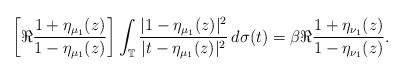
LaTeX: \begin{align*}\left[\Re\frac{1+\eta_{\mu_{1}}(z)}{1-\eta_{\mu_{1}}(z)}\right]\int_{\mathbb{T}}\frac{|1-\eta_{\mu_{1}}(z)|^{2}}{|t-\eta_{\mu_{1}}(z)|^{2}}\,d\sigma(t)=\beta\Re\frac{1+\eta_{\nu_{1}}(z)}{1-\eta_{\nu_{1}}(z)}.\end{align*}